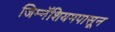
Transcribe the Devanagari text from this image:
जिम्नॅशियमपासून